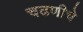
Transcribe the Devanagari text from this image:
चढणीचे